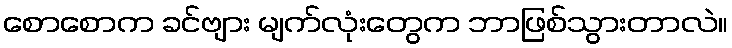
စောစောက ခင်ဗျား မျက်လုံးတွေက ဘာဖြစ်သွားတာလဲ။